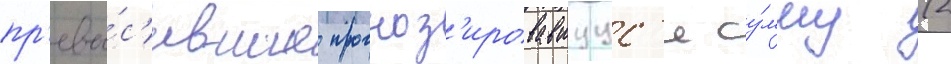
пр'евы́с'ившие прогноз'ировавшуус'я су́мму (2